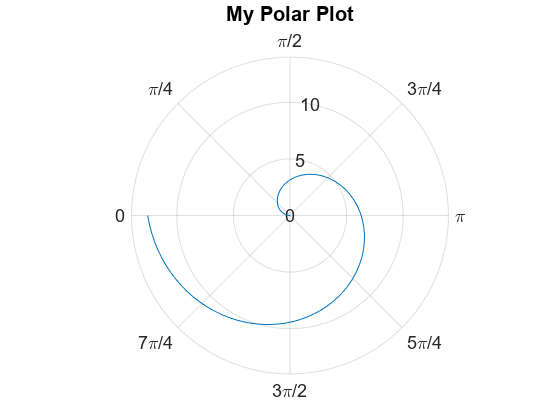
matlab, figure, polarplot